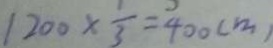
1 2 0 0 \times \frac { 1 } { 3 } = 4 0 0 ( m )